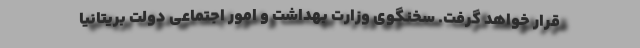
قرار خواهد گرفت. سخنگوی وزارت بهداشت و امور اجتماعی دولت بریتانیا